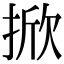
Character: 掀